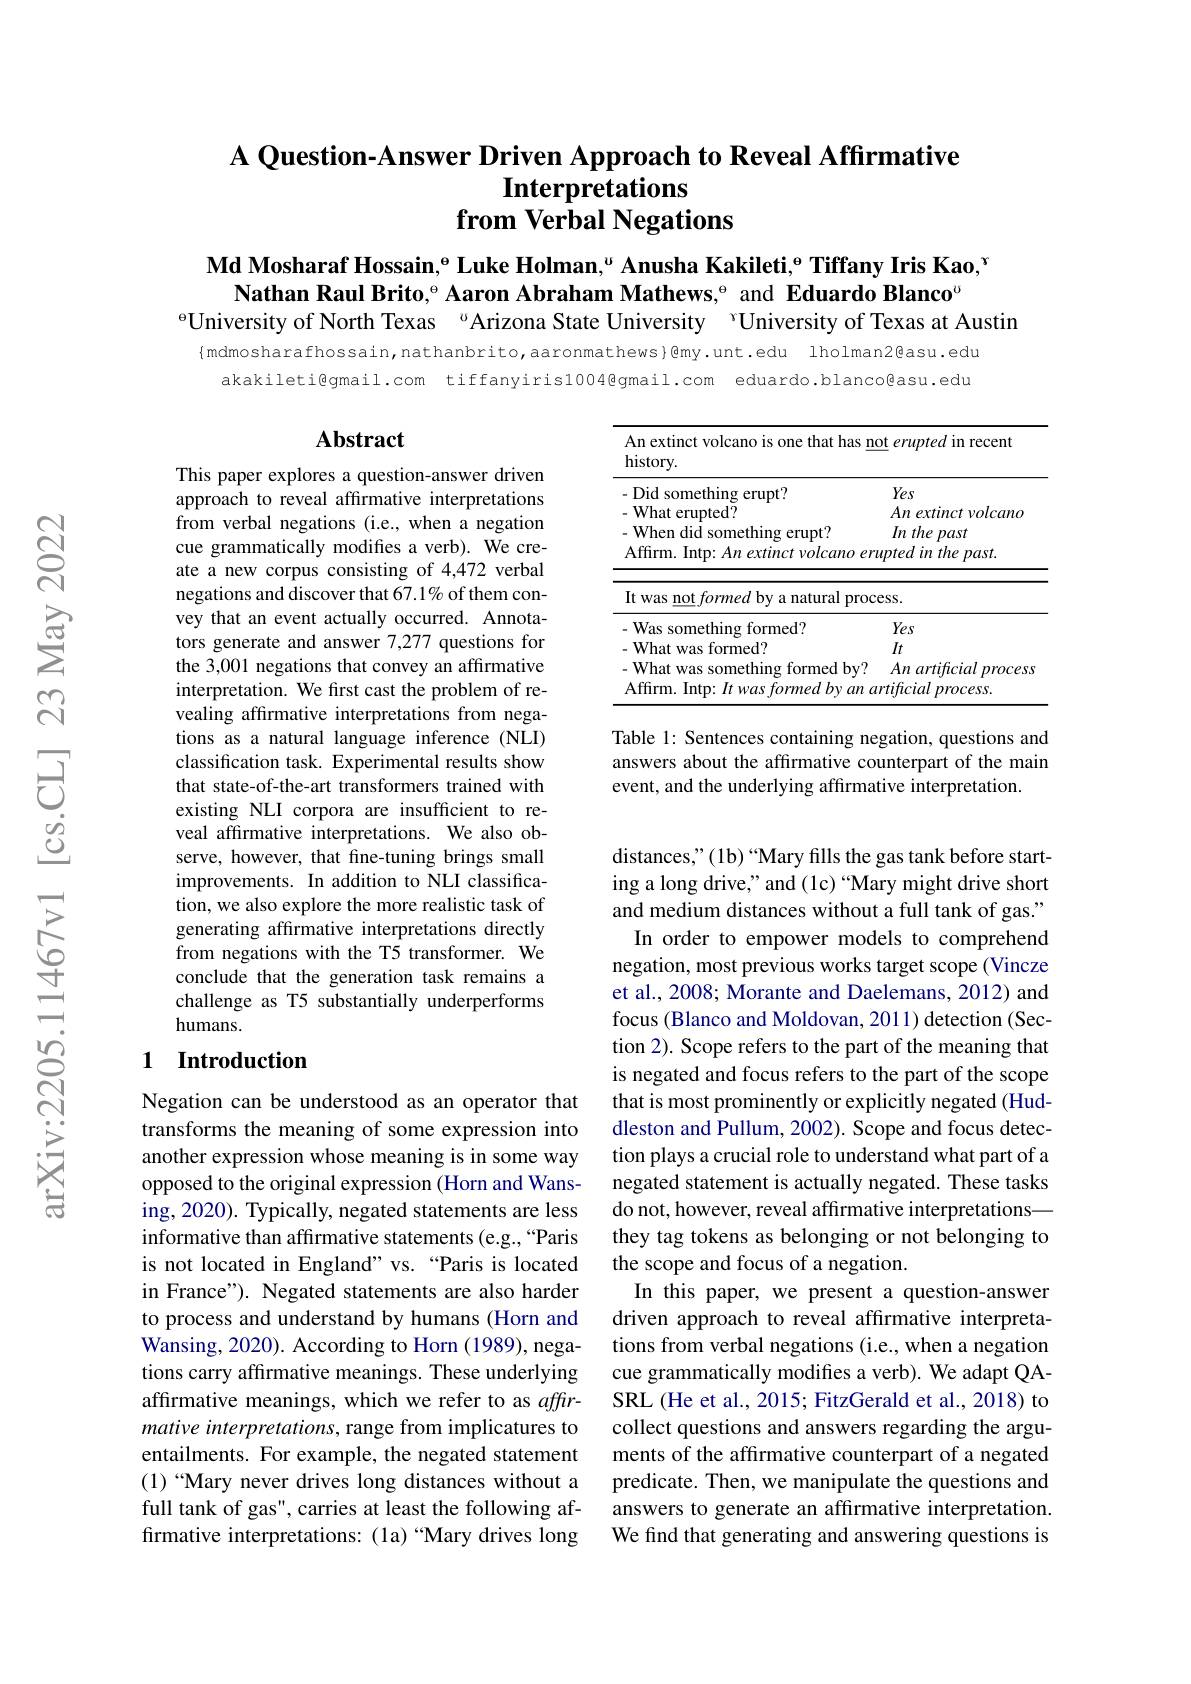
## A Question-Answer Driven Approach to Reveal Affirmative Interpretations from Verbal Negations

$\textbf{Md Mosharaf Hossain,}^{\mathrm{e}}$ Luke Holman,“ Anusha Kakileti,$^\mathrm{e}$ Tiffany Iris Kao,$^\mathrm{r}$
Nathan Raul Brito,$^\mathrm{\Theta}$ Aaron Abraham Mathews,$^\mathrm{\Theta}$ and Eduardo Blanco$^\mathrm{\upsilon}$
$^{\mathrm{e}}$University of North Texas “Arizona State University ”University of Texas at Austin

{mdmosharafhossain,nathanbrito,aaronmathews}@my.unt.edu lholman2@asu.edu
akakileti@gmail.com tiffanyiris1004@gmail.com eduardo.blanco@asu.edu

## Abstract

<table>
	<tbody>
		<tr>
			<td colspan="2">An extinct volcano is one that has not erupted in recent history.</td>
		</tr>
		<tr>
			<td>-Did something erupt? - What erupted?</td>
			<td>Yes Anextinctvolcano</td>
		</tr>
		<tr>
			<td>It was $\underline {\mathrm{not}}\textit{formed by a natural prodis }$</td>
			<td>$zesS.$</td>
		</tr>
		<tr>
			<td>- Was something formed?</td>
			<td>Yes</td>
		</tr>
		<tr>
			<td>-What was formed?</td>
			<td>$It$</td>
		</tr>
		<tr>
			<td>- What was something formed by?</td>
			<td>$An\textit{artificial}$ $l$ process</td>
		</tr>
		<tr>
			<td>Affirm. Intp: $It$ was formed $by$ $an$ 1</td>
			<td>urtificial $process.$</td>
		</tr>
	</tbody>
</table>

This paper explores a question-answer driven approach to reveal affirmative interpretations from verbal negations (i.e., when a negation cue grammatically modifes a verb). We create a new corpus consisting of 4,472 verbal negations and discover that 67.1% of them convey that an event actually occurred. Annotators generate and answer 7,277 questions for the 3,001 negations that convey an affirmative interpretation. We first cast the problem of revealing affirmative interpretations from negations as a natural language inference (NLI) classification task. Experimental results show that state-of-the-art transformers trained with existing NLI corpora are insufficient to reveal affirmative interpretations. We also observe, however, that fine-tuning brings small improvements. In addition to NLI classification, we also explore the more realistic task of generating affirmative interpretations directly from negations with the T5 transformer. We conclude that the generation task remains a challenge as T5 substantially underperforms humans.

Table 1: Sentences containing negation, questions and answers about the affirmative counterpart of the main event, and the underlying affirmative interpretation.

## 1 Introduction

distances," (1b)“Mary fills the gas tank before starting a long drive," and (1c) “Mary might drive short and medium distances without a full tank of gas." In order to empower models to comprehend negation, most previous works target scope (Vincze et al., 2008; Morante and Daelemans, 2012) and focus (Blanco and Moldovan, 2011) detection (Section 2). Scope refers to the part of the meaning that is negated and focus refers to the part of the scope that is most prominently or explicitly negated (Huddleston and Pullum, 2002). Scope and focus detection plays a crucial role to understand what part of a negated statement is actually negated. These tasks do not, however, reveal affirmative interpretations— they tag tokens as belonging or not belonging to the scope and focus of a negation.
In this paper, we present a question-answer driven approach to reveal affrmative interpretations from verbal negations (i.e.,when a negation cue grammatically modifies a verb). We adapt QASRL (He et al., 2015; FitzGerald et al., 2018) to collect questions and answers regarding the arguments of the affirmative counterpart of a negated predicate. Then, we manipulate the questions and answers to generate an affirmative interpretation. We find that generating and answering questions is

Negation can be understood as an operator that transforms the meaning of some expression into another expression whose meaning is in some way opposed to the original expression (Horn and Wansing, 2020). Typically, negated statements are less informative than affirmative statements (e.g.,“Paris is not located in England" vs.“Paris is located in France"). Negated statements are also harder to process and understand by humans (Horn and Wansing, 2020). According to Horn (1989), negations carry affirmative meanings. These underlying affirmative meanings, which we refer to as $affir-$ mative interpretations, range from implicatures to entailments. For example, the negated statement (1)“Mary never drives long distances without a full tank of gas", carries at least the following affirmative interpretations: (1a)“Mary drives long